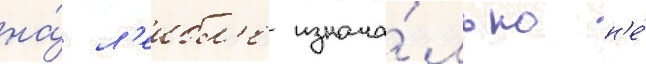
на́ л'еибл'е изнача́льно н'е́